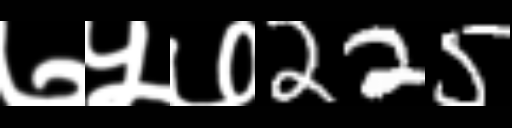
Text: ७५७225